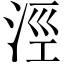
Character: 涇